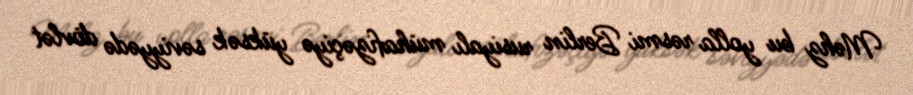
Məhz bu yolla rəsmi Berlin rusiyalı mühafizəçiyə yüksək səviyyədə dövlət